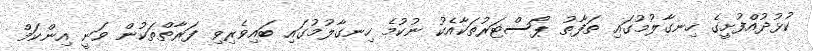
ކުޅުދުއްފުށީގެ ހިނގާލުމުގައި ތަފާތު ޕޯސްޓަރުތަކާއެކު ނުކުމެ ހިނގާލުމުގައި ބައިވެރިވި ފަރާތްތަކުން ވަނީ އިންކަމް